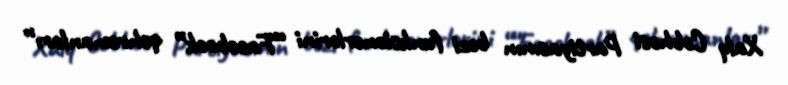
Xalq Cəbhəsi Partiyasının bəzi funksionerlərini ““Facebook” qəhrəmanları”